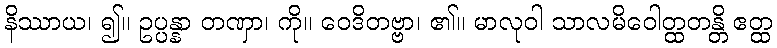
နိဿာယ၊ ၍။ ဥပ္ပန္နာ တဏှာ၊ ကို။ ဝေဒိတဗ္ဗာ၊ ၏။ မာလုဝါ သာလမိဝေါတ္ထတန္တိ ဧတ္ထ